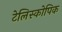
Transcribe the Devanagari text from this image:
टेलिस्कोपिक